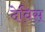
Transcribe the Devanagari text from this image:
देविस